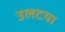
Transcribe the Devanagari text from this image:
उलटया